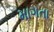
માગતા